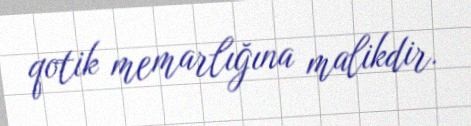
qotik memarlığına malikdir.